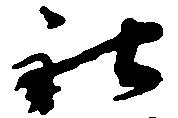
社